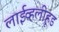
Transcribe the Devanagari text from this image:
लाईव्हलीहूड